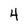
Character: 4